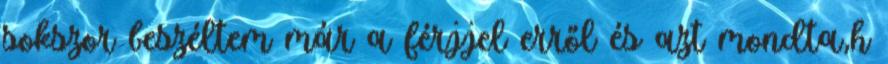
sokszor beszéltem már a férjjel erről és azt mondta,h